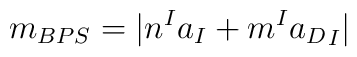
m_{BPS}=| n^{I} a_{I}+m^{I} {a_{D}}_{I}|